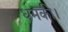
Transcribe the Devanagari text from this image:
धमकी।